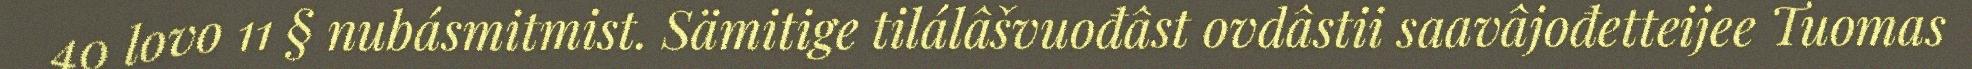
40 lovo 11 § nubásmitmist. Sämitige tilálâšvuođâst ovdâstii saavâjođetteijee Tuomas